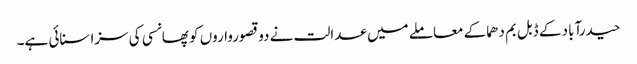
حیدرآباد کے ڈبل بم دھماکے معاملے میں عدالت نے دو قصورواروں کو پھانسی کی سزا سنائی ہے۔